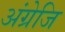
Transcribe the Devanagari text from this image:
अंग्रेजि